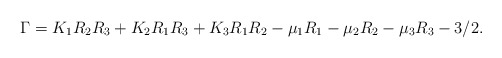
\begin{align*} \Gamma=K_1R_2R_3+K_2R_1R_3+K_3 R_1 R_2-\mu_1 R_1-\mu_2 R_2-\mu_3 R_3-3/2.\end{align*}